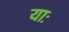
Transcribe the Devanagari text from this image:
याः